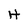
Character: H